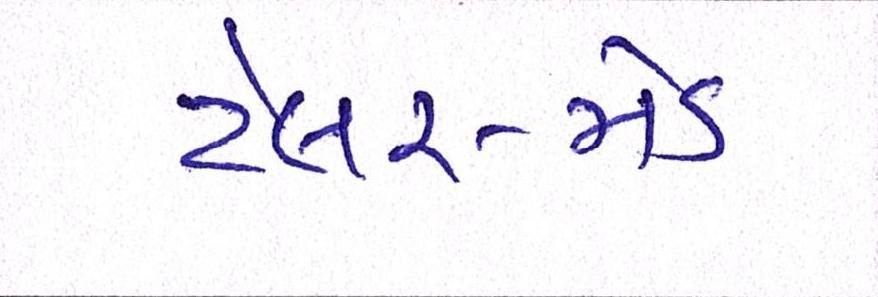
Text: ટેલર-મેડ